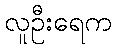
လူဦးရေက